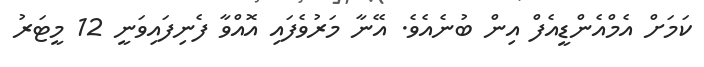
ކަމަށް އެމްއެންޑީއެފް އިން ބުނެއެވެ. އޭނާ މަރުވެފައި އޮއްވާ ފެނިފައިވަނީ 12 މީޓަރު